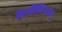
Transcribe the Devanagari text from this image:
केजीपिअन्